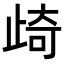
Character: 𭭨